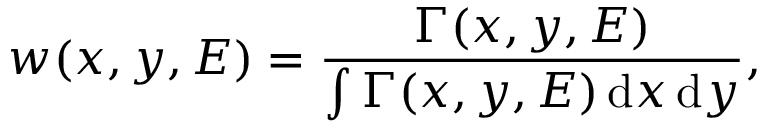
w ( x , y , E ) = \frac { \Gamma ( x , y , E ) } { \int \Gamma ( x , y , E ) \, \mathrm { d } x \, \mathrm { d } y } ,